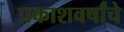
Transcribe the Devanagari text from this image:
प्रकाशवर्षांचे